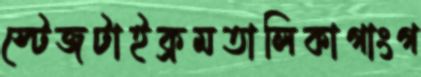
স্টেজটাইক্রমতালিকাগাংগ